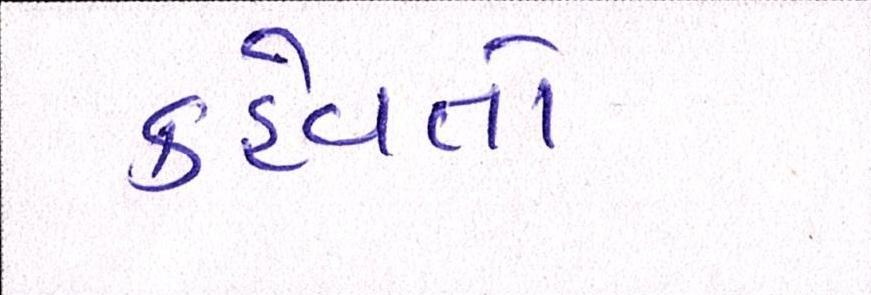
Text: કહેવતો